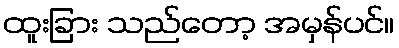
ထူးခြား သည်တော့ အမှန်ပင်။